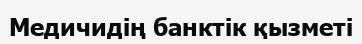
Медичидің банктік қызметі